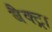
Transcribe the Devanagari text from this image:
बैक्ट्रा